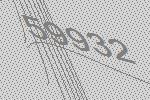
59932